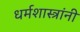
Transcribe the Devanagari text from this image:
धर्मशास्त्रांनी